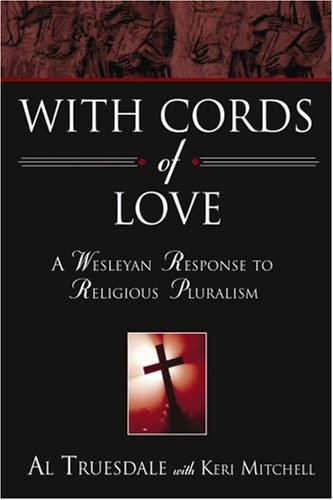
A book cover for With Cords of Love: A Wesleyan Response to Religious Pluralism; Al Truesdale; Christian Books & Bibles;